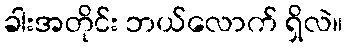
ခါးအတိုင်း ဘယ်လောက် ရှိလဲ။